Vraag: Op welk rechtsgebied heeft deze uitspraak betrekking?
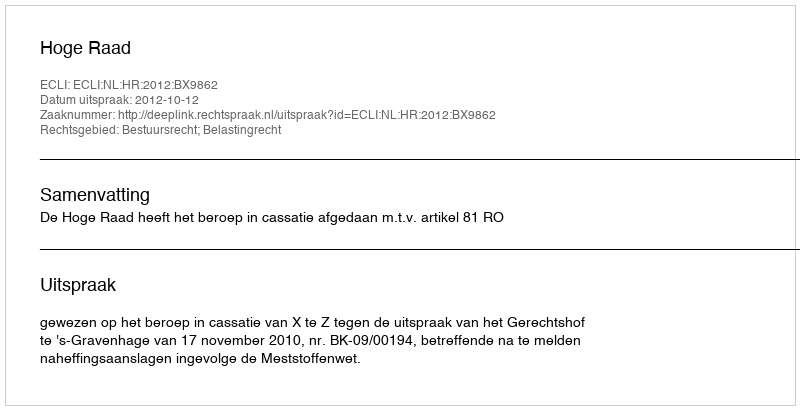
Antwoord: Bestuursrecht; Belastingrecht